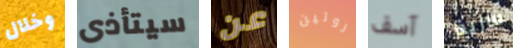
وخلال سيتأذى عن روتين آسف سرية